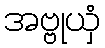
အဗ္ဗုယှံ